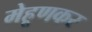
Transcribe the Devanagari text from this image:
मेहूणकर